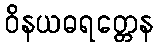
ဝိနယဓရတ္တေန